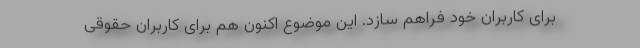
برای کاربران خود فراهم سازد. این موضوع اکنون هم برای کاربران حقوقی